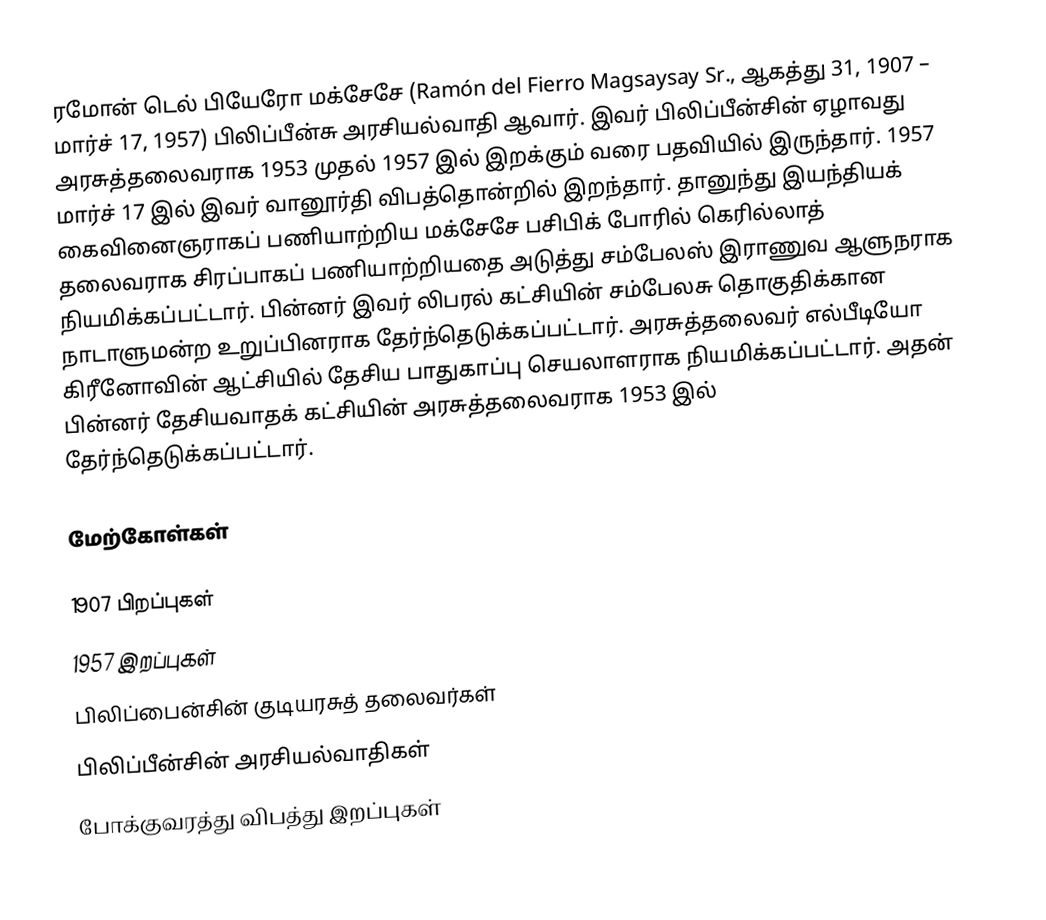
ரமோன் டெல் பியேரோ மக்சேசே (Ramón del Fierro Magsaysay Sr., ஆகத்து 31, 1907 – மார்ச் 17, 1957) பிலிப்பீன்சு அரசியல்வாதி ஆவார். இவர் பிலிப்பீன்சின் ஏழாவது அரசுத்தலைவராக 1953 முதல் 1957 இல் இறக்கும் வரை பதவியில் இருந்தார். 1957 மார்ச் 17 இல் இவர் வானூர்தி விபத்தொன்றில் இறந்தார். தானுந்து இயந்தியக் கைவினைஞராகப் பணியாற்றிய மக்சேசே பசிபிக் போரில் கெரில்லாத் தலைவராக சிரப்பாகப் பணியாற்றியதை அடுத்து சம்பேலஸ் இராணுவ ஆளுநராக நியமிக்கப்பட்டார். பின்னர் இவர் லிபரல் கட்சியின் சம்பேலசு தொகுதிக்கான நாடாளுமன்ற உறுப்பினராக தேர்ந்தெடுக்கப்பட்டார். அரசுத்தலைவர் எல்பீடியோ கிரீனோவின் ஆட்சியில் தேசிய பாதுகாப்பு செயலாளராக நியமிக்கப்பட்டார். அதன் பின்னர் தேசியவாதக் கட்சியின் அரசுத்தலைவராக 1953 இல் தேர்ந்தெடுக்கப்பட்டார்.

மேற்கோள்கள்

1907 பிறப்புகள்
1957 இறப்புகள்
பிலிப்பைன்சின் குடியரசுத் தலைவர்கள்
பிலிப்பீன்சின் அரசியல்வாதிகள்
போக்குவரத்து விபத்து இறப்புகள்